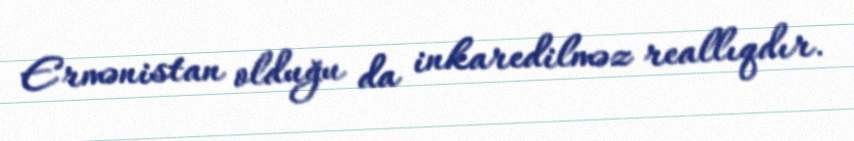
Ermənistan olduğu da inkaredilməz reallıqdır.